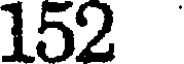
152